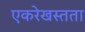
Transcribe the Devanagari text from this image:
एकरेखस्तता